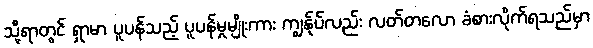
သို့ရာတွင် ရှာမာ ပူပန်သည့် ပူပန်မှုမျိုးကား ကျွန်ုပ်လည်း လတ်တလော ခံစားလိုက်ရသည်မှာ